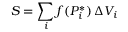
S = \sum _ { i } f ( P _ { i } ^ { * } ) \, \Delta V _ { i }